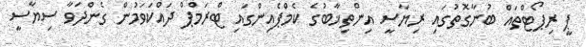
ޕީ ރިޕޯޓްތައް ބުނާގޮތުގައި ރިޔާސީ އިންތިޚާބުގެ ކެމްޕެއިންގައި ޓްރަމްޕް ދައްކަވަމުން ގެންދަވާ ސިޔާސީ